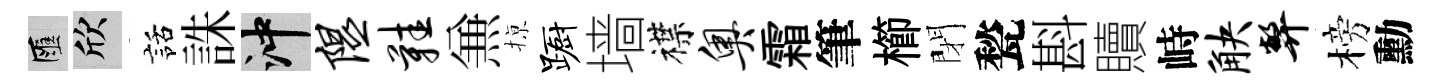
匯欣話誅冲隰鞋𠔥𢱊蹰墙襟奥霜筆櫛閉甃斟贖峙觖弊榜勳